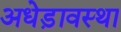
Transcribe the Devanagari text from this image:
अधेड़ावस्था